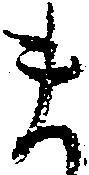
ま